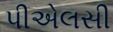
પીએલસી